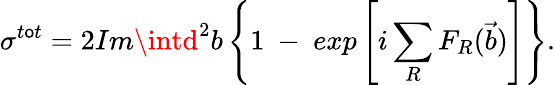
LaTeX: \sigma^{t\mathsf{o}t}=2Im\intd^{2}b\left\{ 1~-~exp\left[i\sum_{R}F_{R}(\vec{{b}})\right]\right\} .